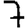
Digit: 7